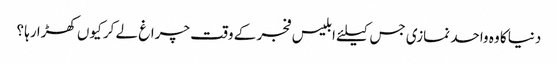
دنیا کا وہ واحد نمازی جس کیلئے ابلیس فجر کے وقت چراغ لے کر کیوں کھڑا رہا ؟